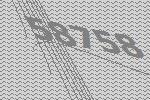
58758